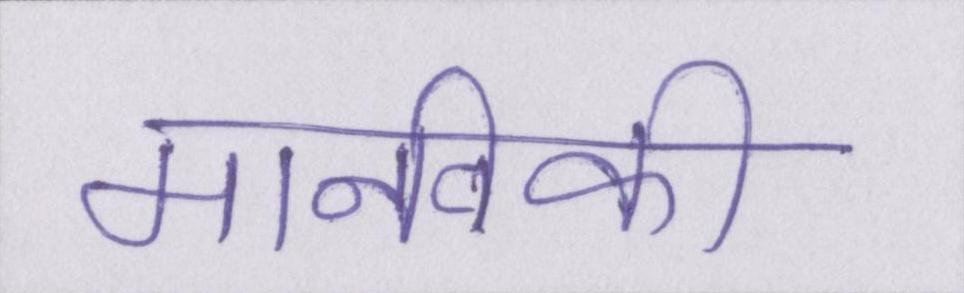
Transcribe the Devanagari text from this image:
मानविकी